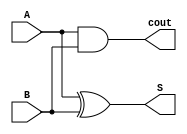
`timescale 1ns/100ps
module half_adder(input A, input B, output S, output cout);
    xor(S, A, B);
    and(cout, A, B);
endmodule